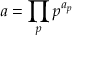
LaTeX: \; a = \prod _ { p } p ^ { a _ { p } }